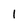
Character: I